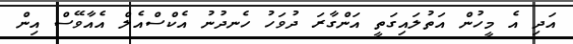
އަދި އެ މީހުން އަތުލައިގަތީ އަންގާރަ ދުވަހު ހެނދުނު އެކްސްއެލް އެއާވޭސް އިން